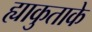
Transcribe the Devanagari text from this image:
ह्याकुताके